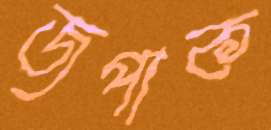
জপাক